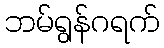
ဘမ်ရွန်ဂရက်